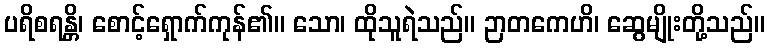
ပရိစရန္တိ၊ စောင့်ရှောက်ကုန်၏။ သော၊ ထိုသူရဲသည်။ ဉာတကေဟိ၊ ဆွေမျိုးတို့သည်။